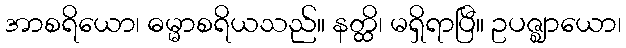
အာစရိယော၊ ဓမ္မာစရိယသည်။ နတ္ထိ၊ မရှိရာပြီ။ ဥပဇ္ဈာယော၊